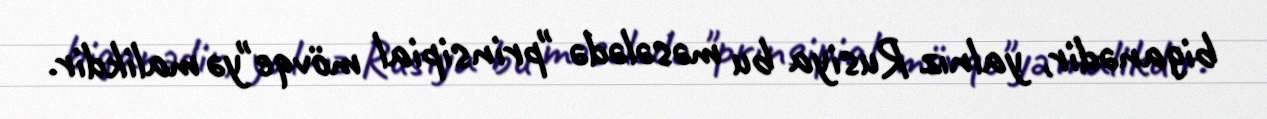
biganədir, yalnız Rusiya bu məsələdə "prinsipial mövqe"yə malikdir.